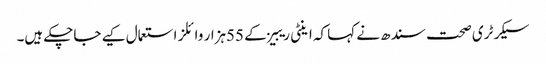
سیکرٹری صحت سندھ نے کہا کہ اینٹی ریبیز کے 55ہزار وائلز استعمال کیے جاچکے ہیں۔